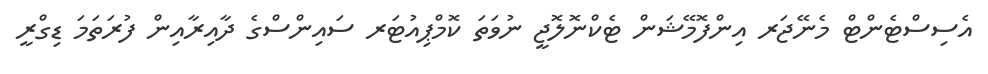
އެސިސްޓެންޓް މެނޭޖަރ އިންފޮމޭޝަން ޓެކްނޮލޮޖީ ނުވަތަ ކޮމްޕިއުޓަރ ސައިންސްގެ ދާއިރާއިން ފުރަތަމަ ޑިގްރީ